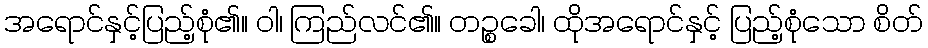
အရောင်နှင့်ပြည့်စုံ၏။ ဝါ၊ ကြည်လင်၏။ တဉ္စခေါ၊ ထိုအရောင်နှင့် ပြည့်စုံသော စိတ်